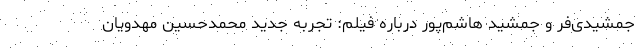
جمشیدی‌فر و جمشید هاشم‌پور درباره فیلم: تجربه جدید محمدحسین مهدویان